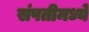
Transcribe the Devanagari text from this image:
संपतीमध्ये